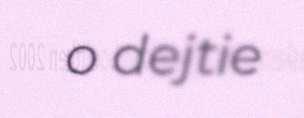
o dejtie